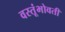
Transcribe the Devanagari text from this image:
वस्तूंभोवती